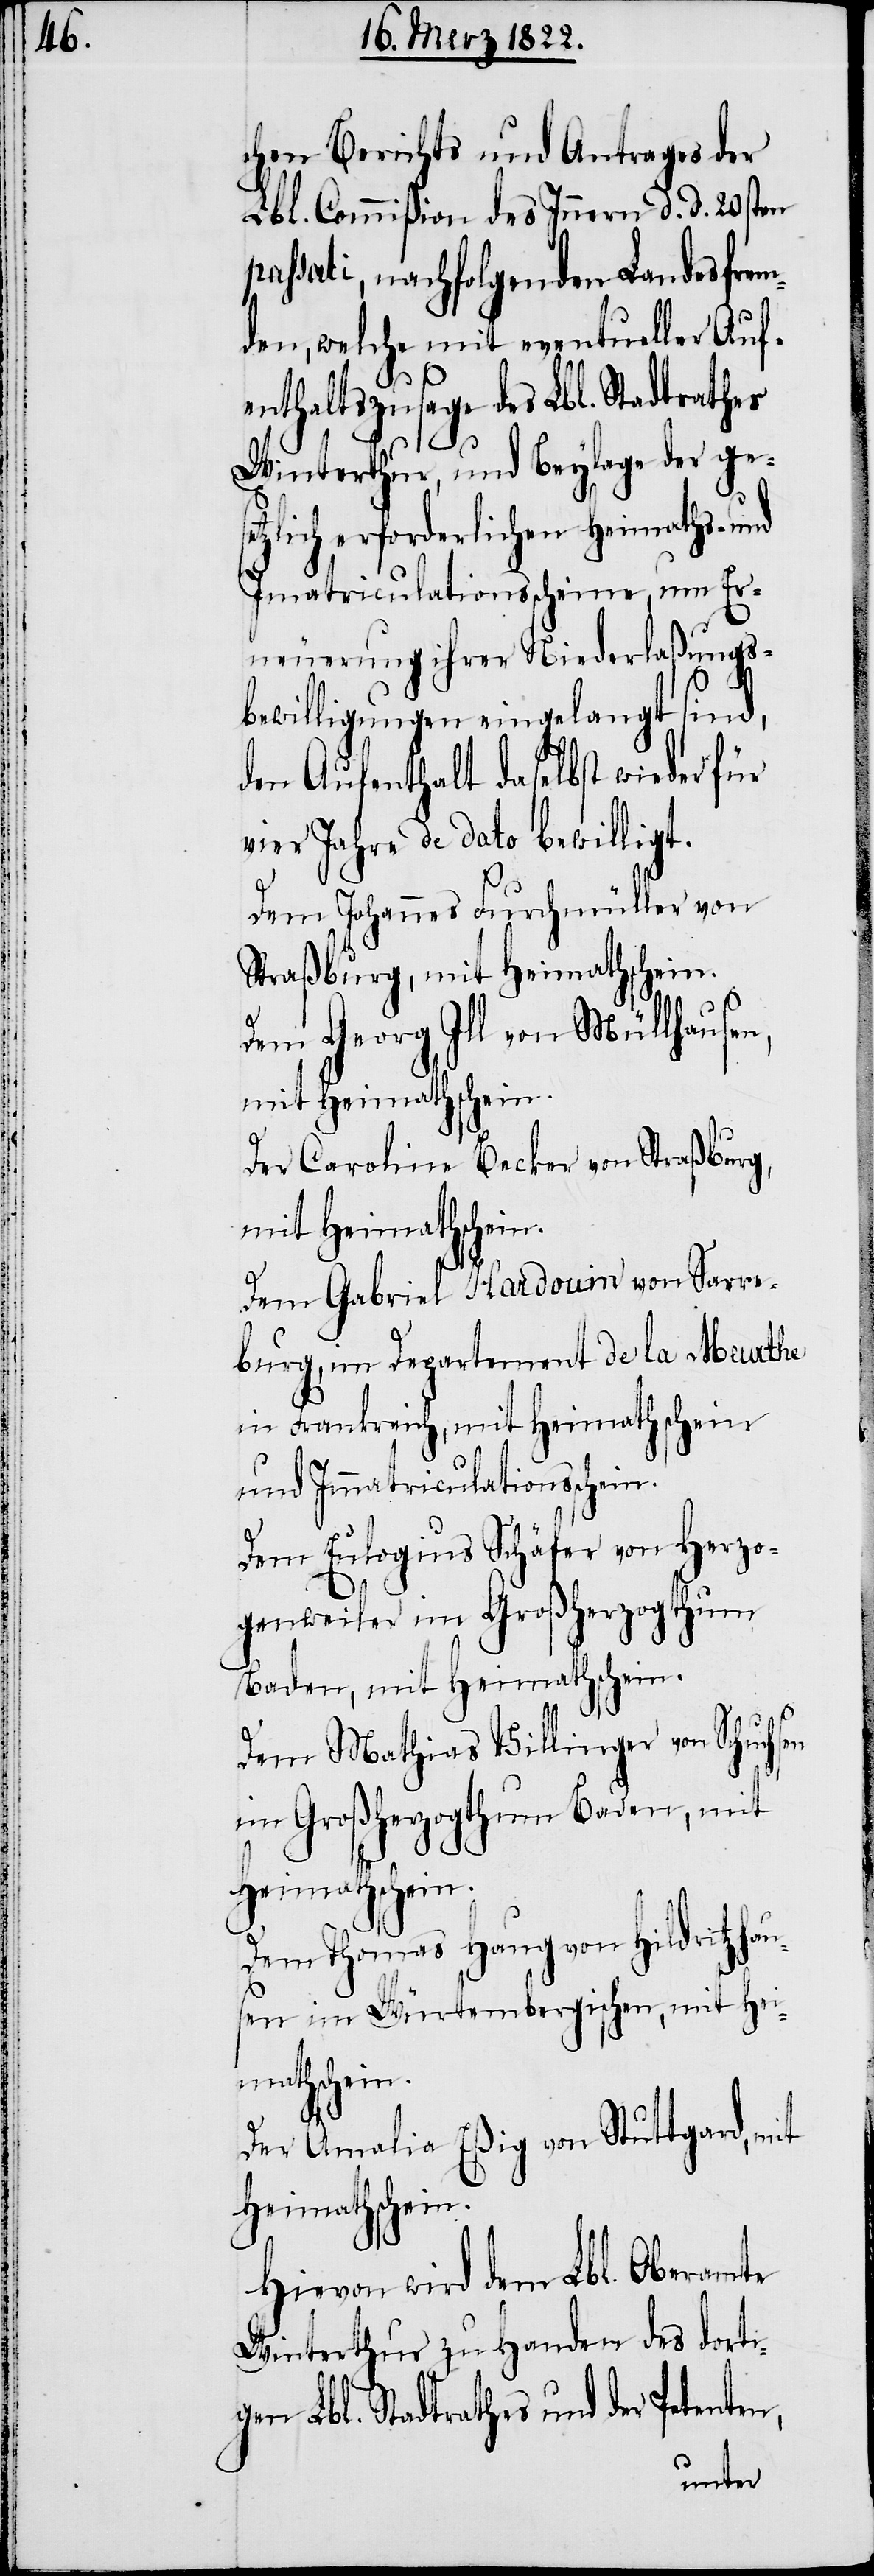
chen Berichts und Antrages der
Lbl. Commißion des Innern d. d. 20sten
passati, nachfolgenden Landesfrem¬
den, welche mit eventueller Auf¬
enthaltszusage des Lbl. Stadtrathes
Winterthur, und Beylage der gese¬
tzlich erforderlichen Heimaths- und
Imatriculationsscheine, um Er¬
neuerung ihrer Niederlaßungs¬
bewilligungen eingelangt sind,
den Aufenthalt daselbst wieder für
vier Jahre de dato bewilligt.
Dem Johannes Furchmüller von
Straßburg, mit Heimathschein.
Dem Georg Ill von Müllhausen,
mit Heimathschein.
en
Der Caroline Becker von Straßburg,
mit Heimathschein.
Dem Gabriel Hardouin von Sarre¬
burg, im Departement de la Meurthe
in Frankreich, mit Heimathschein
und Immatriculationsschein.
Dem Eulogius Schäfer von Herzo¬
genweiler im Großherzogthum
Baden, mit Heimathschein.
Dem Mathias Villinger von Schuchs¬
im Großherzogthum Baden, mit
Dem Thomas Haug von Hildritzhau¬
sen im Würtembergischen, mit Hei¬
mathschein.
Der Amalia Eßig von Stuttgard, mit
Heimathschein.
Hievon wird dem Lbl. Oberamte
Winterthur zu Handen des dorti¬
gen Lbl. Stadtrathes und der Petenten,